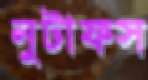
নুটাফস